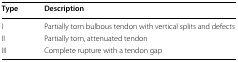
<table><thead><tr><td><b>Type</b></td><td><b>Description</b></td></tr></thead><tbody><tr><td>I</td><td>Partially torn bulbous tendon with vertical splits and defects</td></tr><tr><td>II</td><td>Partially torn, attenuated tendon</td></tr><tr><td>III</td><td>Complete rupture with a tendon gap</td></tr></tbody></table>